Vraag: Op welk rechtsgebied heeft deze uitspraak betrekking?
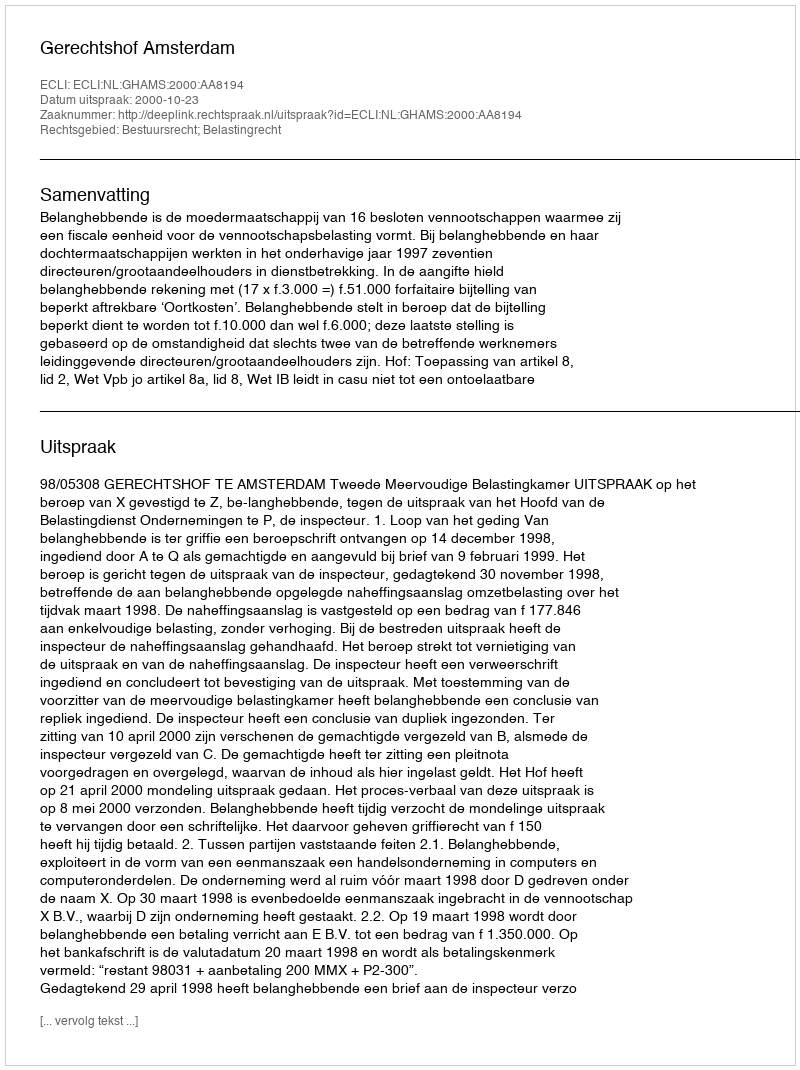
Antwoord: Bestuursrecht; Belastingrecht